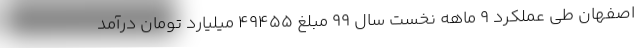
اصفهان طی عملکرد ۹ ماهه نخست سال ۹۹ مبلغ ۴۹۴۵۵ میلیارد تومان درآمد